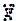
X